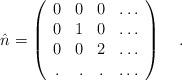
LaTeX: \begin{align*}\hat{n}=\left(\begin{array}{crcl}0 & 0 & 0 & \ldots \\0 & 1 & 0 & \ldots \\0 & 0 & 2 & \ldots \\ . & . & . & \ldots \\\end{array}\right)~~~.\end{align*}